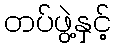
တပ်ဖွဲ့နှင့်